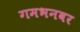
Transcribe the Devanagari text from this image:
गमभनवर